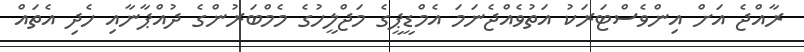
ރާއްޖެ އަށް އިންވެސްޓަރަކު އަތުވެއްޖެނަމަ އެމްޑީޕީގެ މަޖްލީހުގެ މެމްބަރުންގެ ދުއްޕާނާއި ހެދި އެތައް